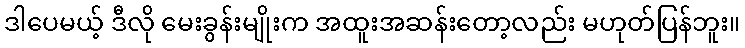
ဒါပေမယ့် ဒီလို မေးခွန်းမျိုးက အထူးအဆန်းတော့လည်း မဟုတ်ပြန်ဘူး။